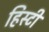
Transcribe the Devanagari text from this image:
हिस्टी